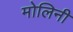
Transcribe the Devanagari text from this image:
मोलिनी